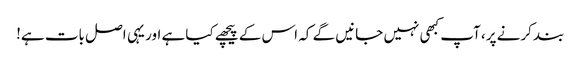
بند کرنے پر، آپ کبھی نہیں جانیں گے کہ اس کے پیچھے کیا ہے اور یہی اصل بات ہے!